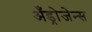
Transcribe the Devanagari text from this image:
अँड्रोजेन्स